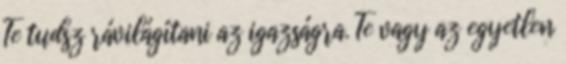
Te tudsz rávilágítani az igazságra. Te vagy az egyetlen